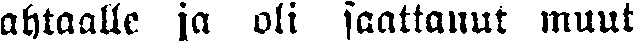
ahtaalle ja oli saattanut muut